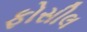
ફોસીલ